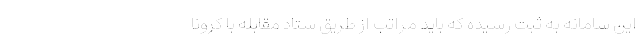
این سامانه به ثبت رسیده که باید مراتب از طریق ستاد مقابله با کرونا